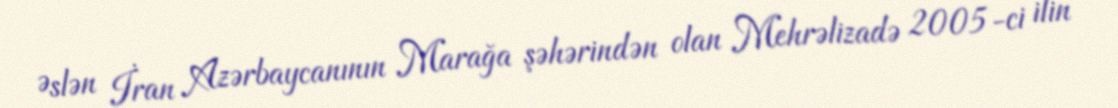
Əslən İran Azərbaycanının Marağa şəhərindən olan Mehrəlizadə 2005-ci ilin